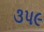
૩પ૯